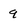
Character: 9